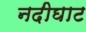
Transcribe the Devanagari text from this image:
नदीघाट